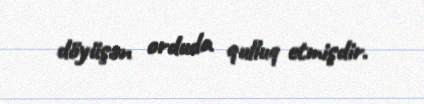
döyüşən orduda qulluq etmişdir.